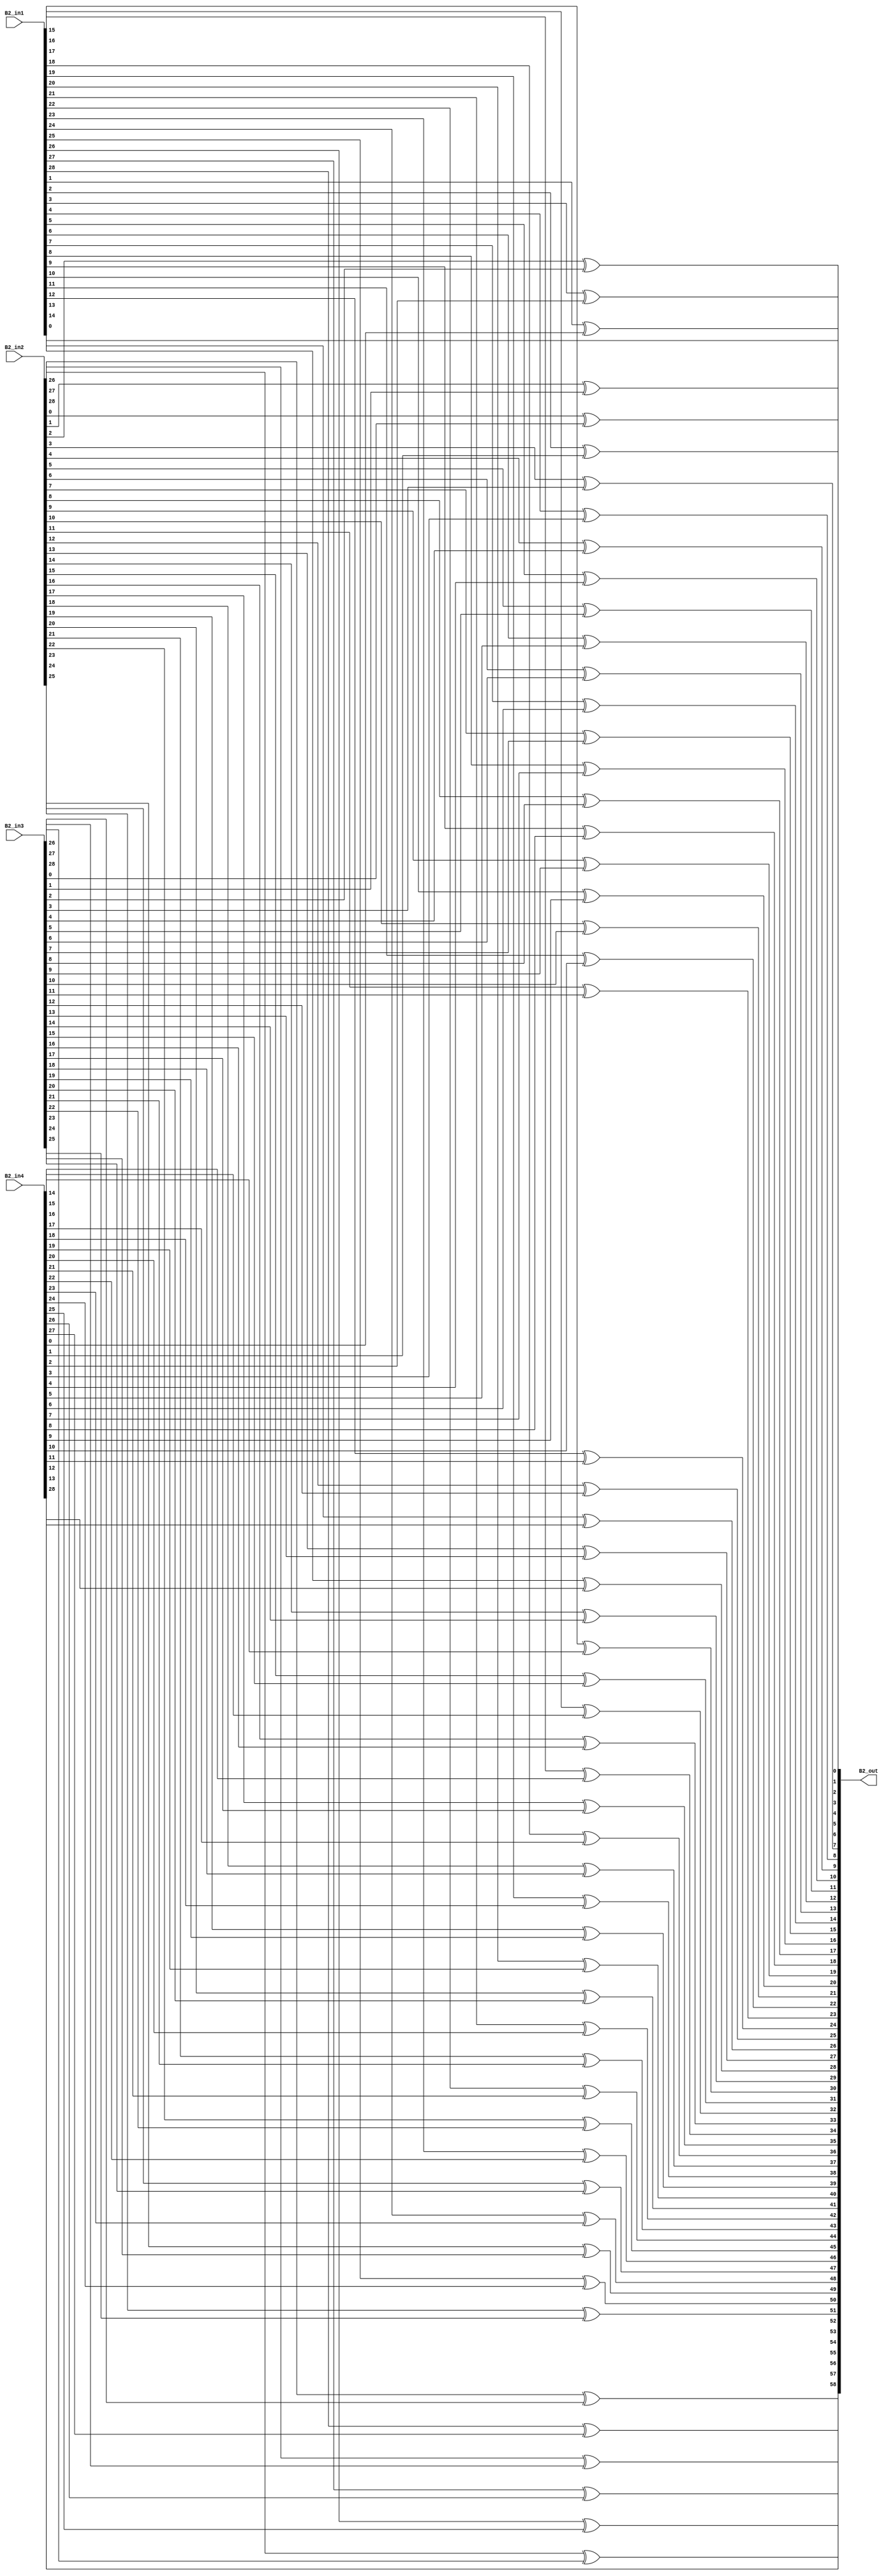
module overlap_module_30bit(
    B2_in1,
    B2_in2,
    B2_in3,
    B2_in4,
    B2_out
    );


parameter n = 30;

input [n-2:0] B2_in1;
input [n-2:0] B2_in2;
input [n-2:0] B2_in3;
input [n-2:0] B2_in4;

output [2*n-2:0] B2_out;

assign B2_out[0] = B2_in1[0];

assign B2_out[2] = B2_in1[1]^B2_in4[0];

assign B2_out[4] = B2_in1[2]^B2_in4[1];

assign B2_out[6] = B2_in1[3]^B2_in4[2];

assign B2_out[8] = B2_in1[4]^B2_in4[3];

assign B2_out[10] = B2_in1[5]^B2_in4[4];

assign B2_out[12] = B2_in1[6]^B2_in4[5];

assign B2_out[14] = B2_in1[7]^B2_in4[6];

assign B2_out[16] = B2_in1[8]^B2_in4[7];

assign B2_out[18] = B2_in1[9]^B2_in4[8];

assign B2_out[20] = B2_in1[10]^B2_in4[9];

assign B2_out[22] = B2_in1[11]^B2_in4[10];

assign B2_out[24] = B2_in1[12]^B2_in4[11];

assign B2_out[26] = B2_in1[13]^B2_in4[12];

assign B2_out[28] = B2_in1[14]^B2_in4[13];

assign B2_out[1] = B2_in2[0]^B2_in3[0];

assign B2_out[3] = B2_in2[1]^B2_in3[1];

assign B2_out[5] = B2_in2[2]^B2_in3[2];

assign B2_out[7] = B2_in2[3]^B2_in3[3];

assign B2_out[9] = B2_in2[4]^B2_in3[4];

assign B2_out[11] = B2_in2[5]^B2_in3[5];

assign B2_out[13] = B2_in2[6]^B2_in3[6];

assign B2_out[15] = B2_in2[7]^B2_in3[7];

assign B2_out[17] = B2_in2[8]^B2_in3[8];

assign B2_out[19] = B2_in2[9]^B2_in3[9];

assign B2_out[21] = B2_in2[10]^B2_in3[10];

assign B2_out[23] = B2_in2[11]^B2_in3[11];

assign B2_out[25] = B2_in2[12]^B2_in3[12];

assign B2_out[27] = B2_in2[13]^B2_in3[13];

assign B2_out[29] = B2_in2[14]^B2_in3[14];

assign B2_out[31] = B2_in2[15]^B2_in3[15];

assign B2_out[33] = B2_in2[16]^B2_in3[16];

assign B2_out[35] = B2_in2[17]^B2_in3[17];

assign B2_out[37] = B2_in2[18]^B2_in3[18];

assign B2_out[39] = B2_in2[19]^B2_in3[19];

assign B2_out[41] = B2_in2[20]^B2_in3[20];

assign B2_out[43] = B2_in2[21]^B2_in3[21];

assign B2_out[45] = B2_in2[22]^B2_in3[22];

assign B2_out[47] = B2_in2[23]^B2_in3[23];

assign B2_out[49] = B2_in2[24]^B2_in3[24];

assign B2_out[51] = B2_in2[25]^B2_in3[25];

assign B2_out[53] = B2_in2[26]^B2_in3[26];

assign B2_out[55] = B2_in2[27]^B2_in3[27];

assign B2_out[57] = B2_in2[28]^B2_in3[28];

assign B2_out[30] = B2_in1[15]^B2_in4[14];

assign B2_out[32] = B2_in1[16]^B2_in4[15];

assign B2_out[34] = B2_in1[17]^B2_in4[16];

assign B2_out[36] = B2_in1[18]^B2_in4[17];

assign B2_out[38] = B2_in1[19]^B2_in4[18];

assign B2_out[40] = B2_in1[20]^B2_in4[19];

assign B2_out[42] = B2_in1[21]^B2_in4[20];

assign B2_out[44] = B2_in1[22]^B2_in4[21];

assign B2_out[46] = B2_in1[23]^B2_in4[22];

assign B2_out[48] = B2_in1[24]^B2_in4[23];

assign B2_out[50] = B2_in1[25]^B2_in4[24];

assign B2_out[52] = B2_in1[26]^B2_in4[25];

assign B2_out[54] = B2_in1[27]^B2_in4[26];

assign B2_out[56] = B2_in1[28]^B2_in4[27];

assign B2_out[58] = B2_in4[28];

endmodule